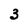
Character: 3